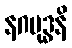
နဂမုဒ္ဓနိ